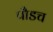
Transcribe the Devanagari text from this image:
पौडच